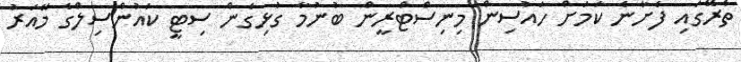
ތެރޭގައި ފެށާނެ ކަމަށް ހައުސިން މިނިސްޓްރީން ބުނުމާ ގުޅިގެން ސިޓީ ކައުންސިލްގެ މޭއަރު